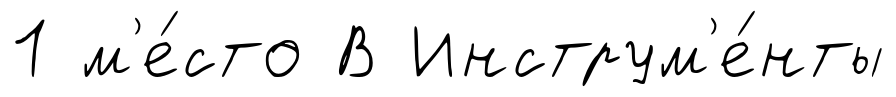
1 м'е́сто В Инструм'е́нты